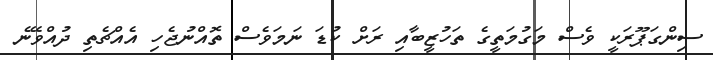
ސިންގަޕޫރަކީ ވެސް މަގުމަތީގެ ތަހުޒީބާއި ރަށް ކުޑަ ނަމަވެސް ތޮއްނުޖެހި އެއްޗެތި ދުއްވޭނެ